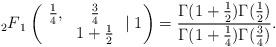
LaTeX: \begin{align*}{_2F}_{1}\left(\begin{array}{cc} \frac{1}{4}, & \frac{3}{4} \\ & 1+\frac{1}{2} \end{array}\mid1\right)= \frac{\Gamma(1+\frac{1}{2})\Gamma(\frac{1}{2})}{\Gamma(1+\frac{1}{4})\Gamma(\frac{3}{4})}. \end{align*}